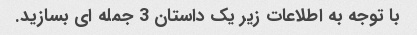
با توجه به اطلاعات زیر یک داستان 3 جمله ای بسازید.